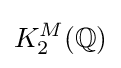
K_{2}^{M}(\mathbb {Q} )